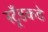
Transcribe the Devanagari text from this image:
स्ट्रँडकडे